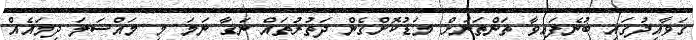
ގަވާއިދުގައި ބުނެފައިވާ ތަންތަނަށް މަޑުކޮށްގެން ދަތުރުތައް ނަގާ ނަމަ މި މައްސަލަ ދިމައެއް